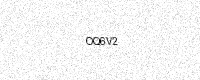
Text: OQ6V2